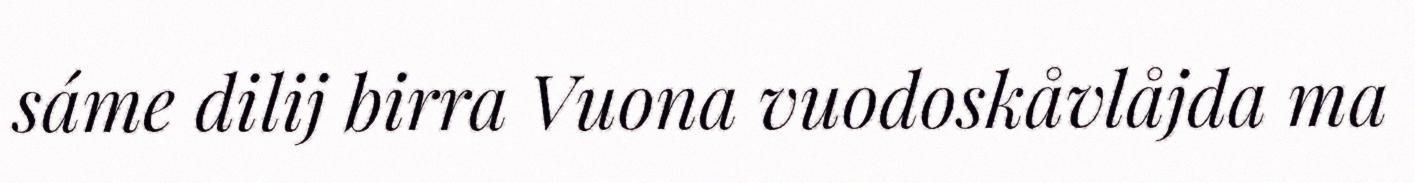
sáme dilij birra Vuona vuodoskåvlåjda ma